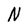
Character: N